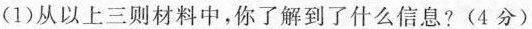
(1)从以上三则材料中，你了解到了什么信息?(4分)